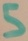
Text: 5